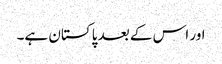
اور اس کے بعد پاکستان ہے۔